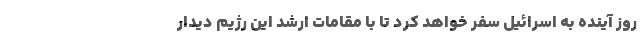
روز آینده به اسرائیل سفر خواهد کرد تا با مقامات ارشد این رژیم دیدار